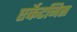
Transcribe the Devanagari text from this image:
एर्केटनिस